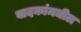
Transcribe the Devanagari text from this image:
वादकांमधील